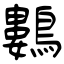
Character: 鷜